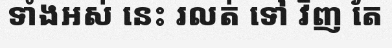
ទាំងអស់ នេះ រលត់ ទៅ វិញ តែ